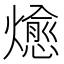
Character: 𭶖